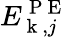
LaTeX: E_{\mathrm{~k~},j}^{\mathrm{~P~E~}}